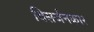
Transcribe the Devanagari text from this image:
विसर्जनकार